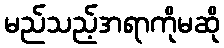
မည်သည့်အရာကိုမဆို